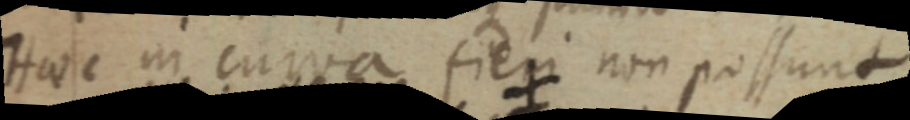
Haec in curva fieri non possunt